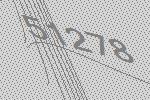
51278